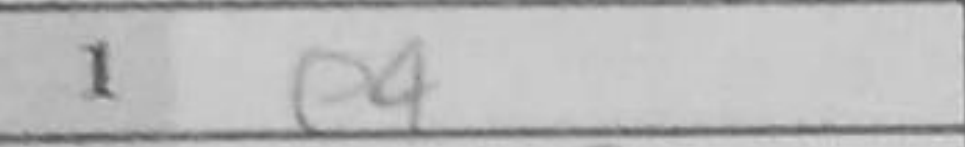
Transcription: e4